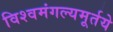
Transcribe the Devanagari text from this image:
विश्वमंगल्यमूर्तये